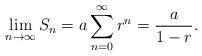
LaTeX: \begin{align*}\lim_{n\rightarrow\infty}S_n=a\sum_{n=0}^{\infty}r^n= \frac{a}{1-r}.\end{align*}